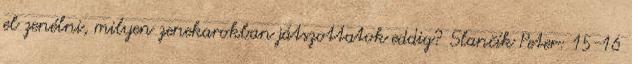
el zenélni, milyen zenekarokban játszottatok eddig? Slančík Peter: 15-16